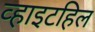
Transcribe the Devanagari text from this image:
व्हाइटहिल